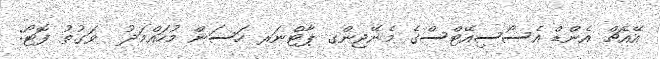
އޭއެޗް އެންޑް އެސޯސިއޭޓްސްގެ މެނޭޖިންގ ޕާޓްނަރ ހަސަން މުހައްމަދު  ވަގުތު ފޮޓޯ: